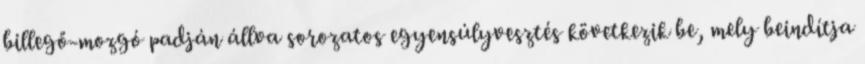
billegő-mozgó padján állva sorozatos egyensúlyvesztés következik be, mely beindítja